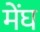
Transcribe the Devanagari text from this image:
मेंघ